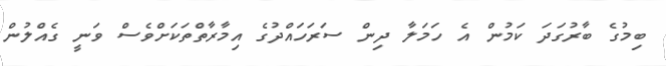
ބިމުގެ ބާރުގަދަ ކަމުން އެ ހަމަލާ ދިން ސަރަހައްދުގެ އިމާރާތްތަކަށްވެސް ވަނީ ގެއްލުން